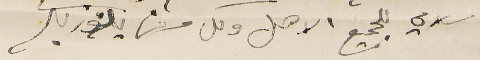
سلامي للجميع الاهل وكل من يلوز بكم